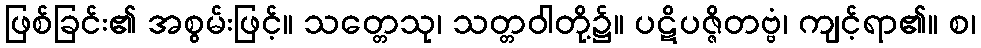
ဖြစ်ခြင်း၏ အစွမ်းဖြင့်။ သတ္တေသု၊ သတ္တဝါတို့၌။ ပဋိပဇ္ဇိတဗ္ဗံ၊ ကျင့်ရာ၏။ စ၊